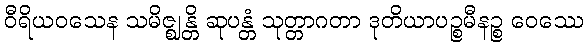
ဝီရိယဝသေန သမိဇ္ဈန္တိ ဆုပန္တံ သုတ္တာဂတာ ဒုတိယာပဉ္စမီနဉ္စ ဝေဿေ